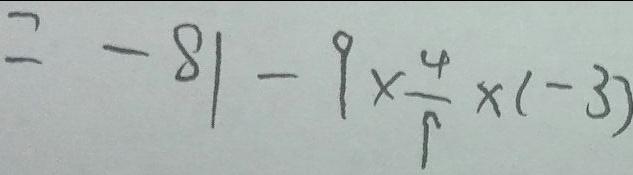
= - 8 1 - 9 \times \frac { 4 } { 9 } \times ( - 3 )